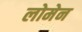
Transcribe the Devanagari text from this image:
लोमेन